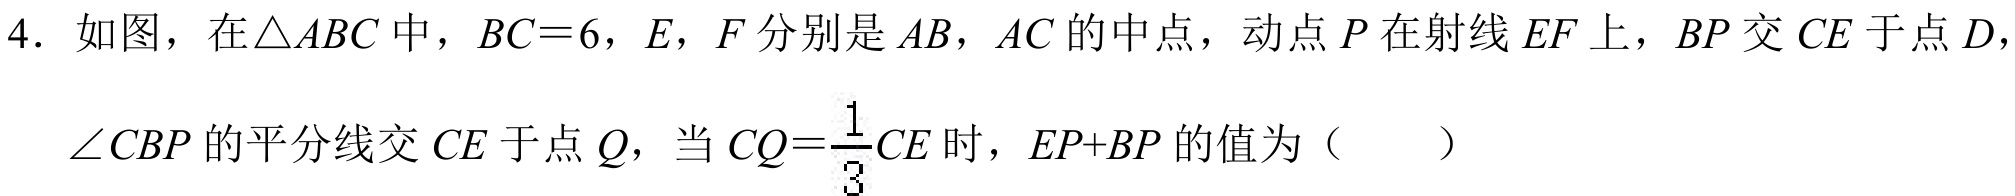
4. 如图，在$\triangle ABC$中，$BC = 6$，$E$，$F$分别是$AB$，$AC$的中点，动点$P$在射线$EF$上，$BP$交$CE$于点$D$，$\angle CBP$的平分线交$CE$于点$Q$，当$CQ=\frac{1}{3}CE$时，$EP + BP$的值为（  ）